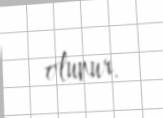
olunur.